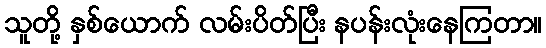
သူတို့ နှစ်ယောက် လမ်းပိတ်ပြီး နပန်းလုံးနေကြတာ။